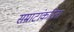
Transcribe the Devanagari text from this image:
सम्राटांकरिता